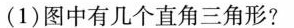
(1)图中有几个直角三角形?